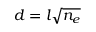
d = l { \sqrt { n _ { e } } }